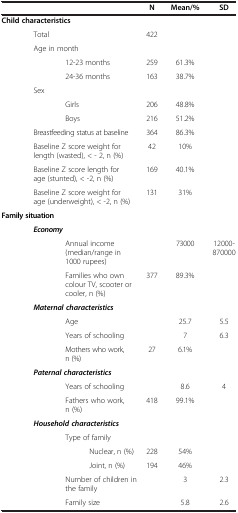
|  | N | Mean/% | SD |
 | --- | --- | --- | --- |
 | <COLSPAN=4> Child characteristics |
 | Total | 422 |  |  |
 | <COLSPAN=4> Age in month |
 | 12-23 months | 259 | 61.3% |  |
 | 24-36 months | 163 | 38.7% |  |
 | <COLSPAN=4> Sex |
 | Girls | 206 | 48.8% |  |
 | Boys | 216 | 51.2% |  |
 | Breastfeeding status at baseline | 364 | 86.3% |  |
 | Baseline Z score weight for length (wasted), < - 2, n (%) | 42 | 10% |  |
 | Baseline Z score length for age (stunted), < -2, n (%) | 169 | 40.1% |  |
 | Baseline Z score weight for age (underweight), < -2, n (%) | 131 | 31% |  |
 | <COLSPAN=4> Family situation |
 | <COLSPAN=4> Economy |
 | Annual income (median/range in 1000 rupees) |  | 73000 | 12000-870000 |
 | Families who own colour TV, scooter or cooler, n (%) | 377 | 89.3% |  |
 | <COLSPAN=4> Maternal characteristics |
 | Age |  | 25.7 | 5.5 |
 | Years of schooling |  | 7 | 6.3 |
 | Mothers who work, n (%) | 27 | 6.1% |  |
 | <COLSPAN=4> Paternal characteristics |
 | Years of schooling |  | 8.6 | 4 |
 | Fathers who work, n (%) | 418 | 99.1% |  |
 | <COLSPAN=4> Household characteristics |
 | <COLSPAN=4> Type of family |
 | Nuclear, n (%) | 228 | 54% |  |
 | Joint, n (%) | 194 | 46% |  |
 | Number of children in the family |  | 3 | 2.3 |
 | Family size |  | 5.8 | 2.6 |